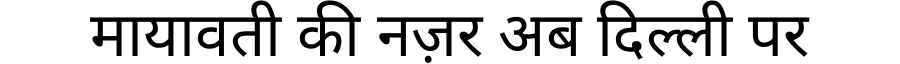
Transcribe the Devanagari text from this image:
मायावती की नज़र अब दिल्ली पर